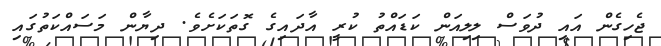
ޖެހިގެން އައި ދުވަސް ލިލިއަން ކަޑައްތު ކުރީ އާދައިގެ ގޮތަކަށެވެ. ދިޔާން މަސައްކަތުގައި